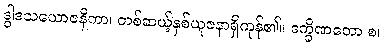
ဒွါဒသယောဇနိကာ၊ တစ်ဆယ့်နှစ်ယူဇနာရှိကုန်၏။ ဒက္ခိဏတော စ၊